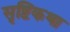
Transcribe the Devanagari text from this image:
सृष्टिकथा